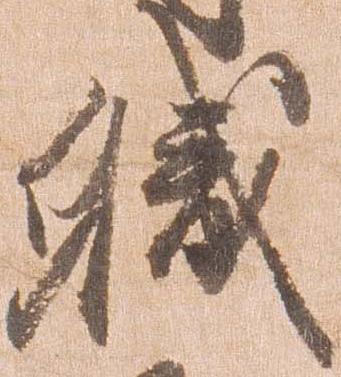
職